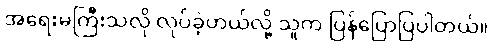
အရေးမကြီးသလို လုပ်ခဲ့တယ်လို့ သူက ပြန်ပြောပြပါတယ်။